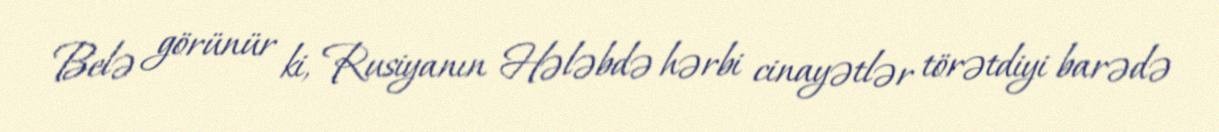
Belə görünür ki, Rusiyanın Hələbdə hərbi cinayətlər törətdiyi barədə